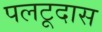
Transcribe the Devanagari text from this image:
पलटूदास